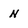
Character: N